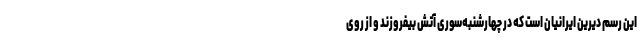
این رسم دیرین ایرانیان است که در چهارشنبه‌سوری آتش بیفروزند و از روی